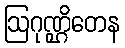
ဩဂုဏ္ဌိတေန